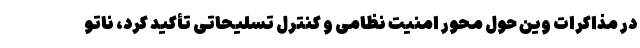
در مذاکرات وین حول محور امنیت نظامی و کنترل تسلیحاتی تأکید کرد، ناتو